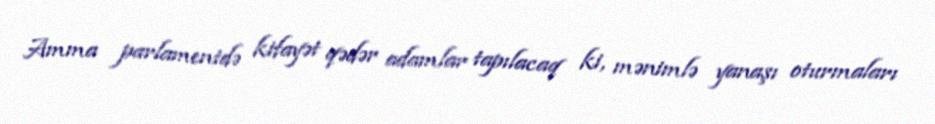
Amma parlamentdə kifayət qədər adamlar tapılacaq ki, mənimlə yanaşı oturmaları